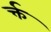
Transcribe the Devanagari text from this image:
र्क्त